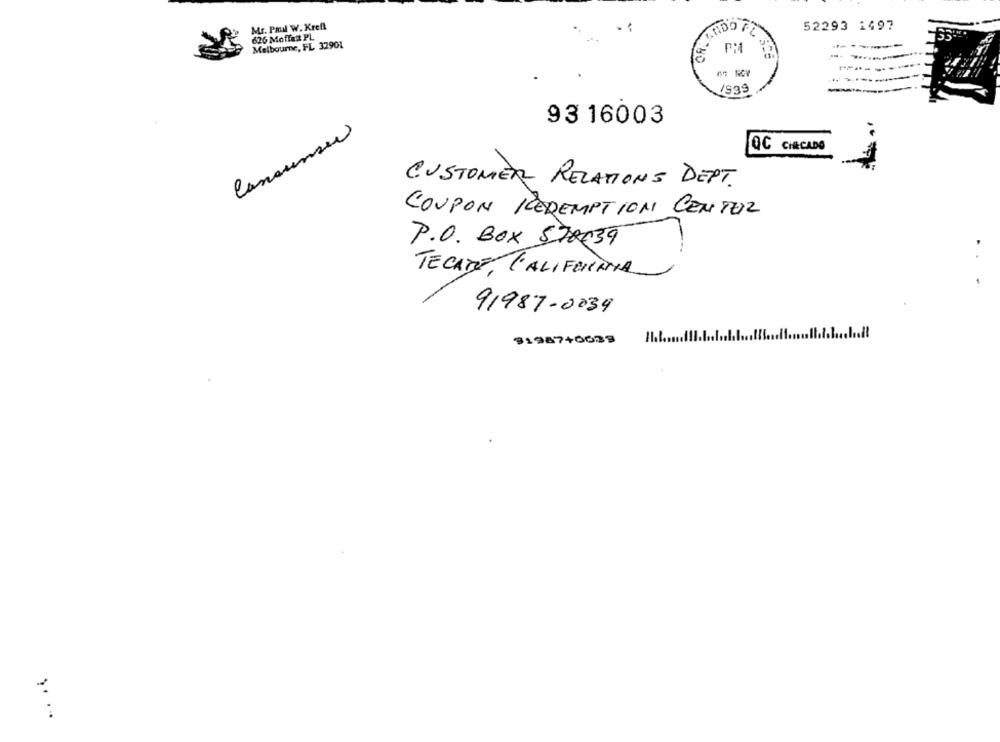
Mr. Paul W. Kreft
52293 1497
626 Moffatt PL
Melbourne, FL 32901
1939
----
93 16003
Consunser
QC CHECADO
CUSTOMER RELATIONS DEPT.
COUPON REDEMPTION CENTER
P.O. BOX 570039
TECATE, L'ALIFEINTA
91987-0039
$1987+6639
: